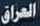
العراق